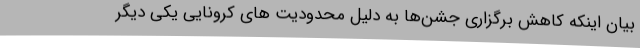
بیان اینکه کاهش برگزاری جشن‌ها به دلیل محدودیت های کرونایی یکی دیگر